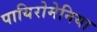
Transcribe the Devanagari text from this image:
पायिरोमेनिया